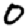
Digit: 0